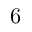
6